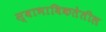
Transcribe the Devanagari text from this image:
स्वाभाविकतेतील